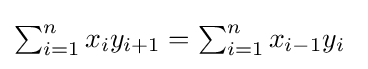
{\textstyle \sum _{i=1}^{n}x_{i}y_{i+1}=\sum _{i=1}^{n}x_{i-1}y_{i}\ }